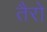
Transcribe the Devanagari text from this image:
तैरो